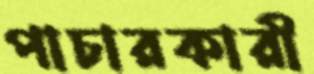
পাচারকারী